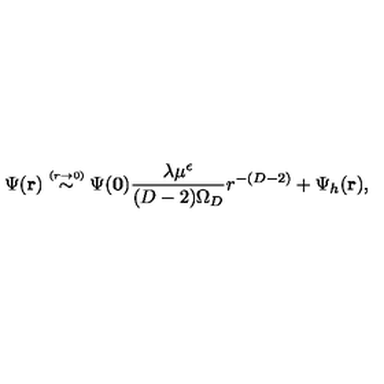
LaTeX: \Psi ( { \bf r } ) \stackrel { \scriptscriptstyle ( r \rightarrow 0 ) } { \sim } \Psi ( { \bf 0 } ) \frac { \lambda \mu ^ { \epsilon } } { ( D - 2 ) \Omega _ { D } } r ^ { - ( D - 2 ) } + \Psi _ { h } ( { \bf r } ) ,